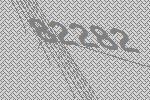
82282